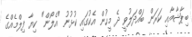
ބިޕާޝާއާއި ކަރަން ބައްދަލުވީ ދެ މީހުން އެކުގައި ކުޅުނު "އެލޯން" ކިޔާ ފިލްމެއްގެ